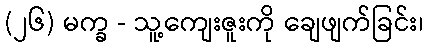
(၂၆) မက္ခ - သူ့ကျေးဇူးကို ချေဖျက်ခြင်း၊